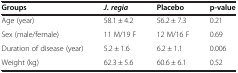
<table><thead><tr><td><b>Groups</b></td><td><b><i>J</i>. <i>regia</i></b></td><td><b>Placebo</b></td><td><b>p-value</b></td></tr></thead><tbody><tr><td>Age (year)</td><td>58.1 ± 4.2</td><td>56.2 ± 7.3</td><td>0.21</td></tr><tr><td>Sex (male/female)</td><td>11 M/19 F</td><td>12 M/16 F</td><td>0.69</td></tr><tr><td>Duration of disease (year)</td><td>5.2 ± 1.6</td><td>6.2 ± 1.1</td><td>0.006</td></tr><tr><td>Weight (kg)</td><td>62.3 ± 5.6</td><td>60.6 ± 6.1</td><td>0.52</td></tr></tbody></table>